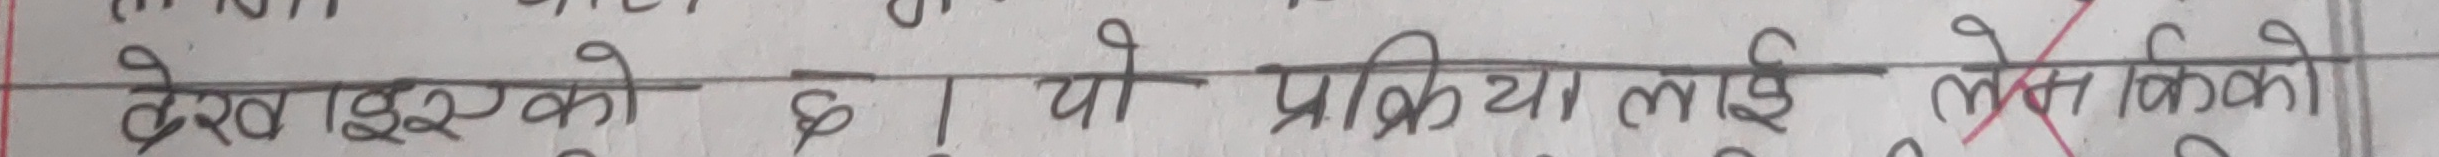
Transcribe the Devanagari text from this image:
लेखिएको छ | यो प्रक्रिया लाई लेम किकाे